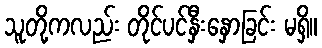
သူတို့ကလည်း တိုင်ပင်နှီးနှောခြင်း မရှိ။